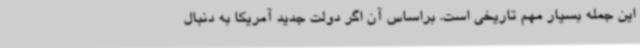
این جمله بسیار مهم تاریخی است. براساس آن اگر دولت جدید آمریکا به دنبال